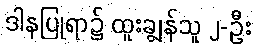
ဒါနပြုရာ၌ ထူးချွန်သူ ၂-ဦး